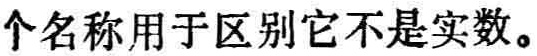
个名称用于区别它不是实数。